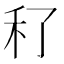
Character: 䄦